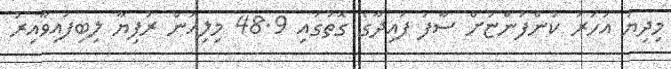
މިދިޔަ އަހަރު ކުންފުންޏަށް ސާފު ފައިދާގެ ގޮތުގައި 48.9 މިލިއަން ރުފިޔާ ލިބިފައިވާއިރު